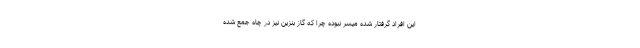
این افراد گرفتار شده میسر نبوده چرا که گاز بنزین نیز در چاه جمع شده